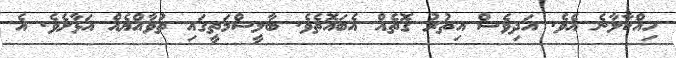
ހިއްކާލާނެ އެވެ. އަދިވެސް އިތުރު ގޮތެއް އެބައޮތެވެ. ބާލީސްމަތީގައި ތުވާއްޔެއް އަޅާށެވެ. އެ